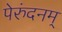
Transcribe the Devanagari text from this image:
पेरुंदनम्